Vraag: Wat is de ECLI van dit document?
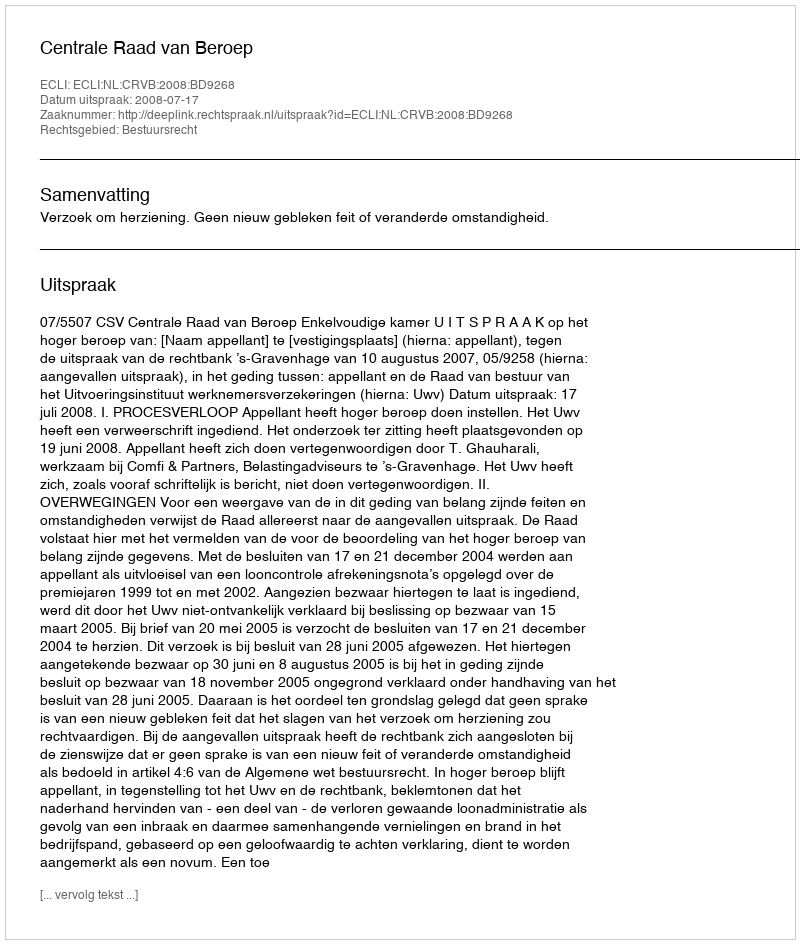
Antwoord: ECLI:NL:CRVB:2008:BD9268